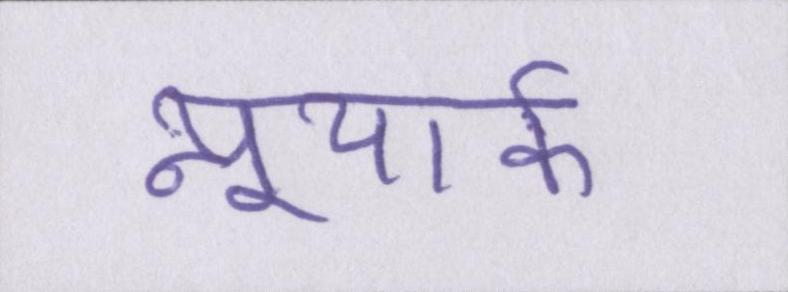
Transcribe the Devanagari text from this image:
न्यूयार्क